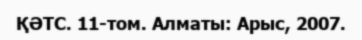
ҚӘТС. 11-том. Алматы: Арыс, 2007.